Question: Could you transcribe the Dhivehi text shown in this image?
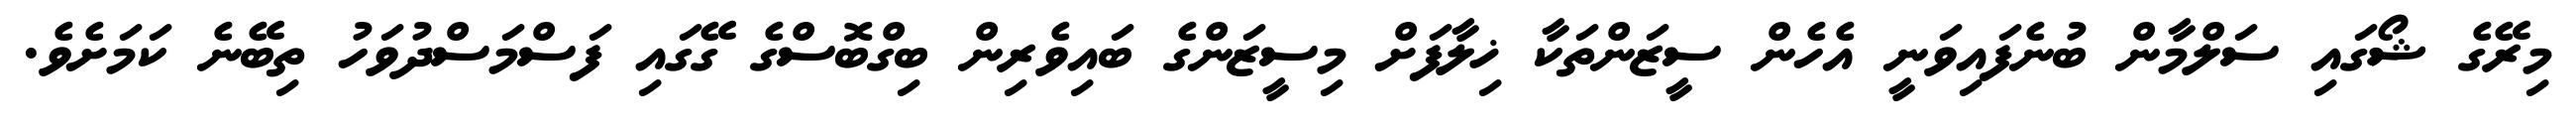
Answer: މިރޭގެ ޝޯގައި ސަލްމާން ބުނެފައިވަނީ އެހެން ސީޒަންތަކާ ޚިލާފަށް މިސީޒަންގެ ބައިވެރިން ބިގްބޮސްގެ ގޭގައި ފަސްމަސްދުވަހު ތިބޭނެ ކަމަށެވެ.